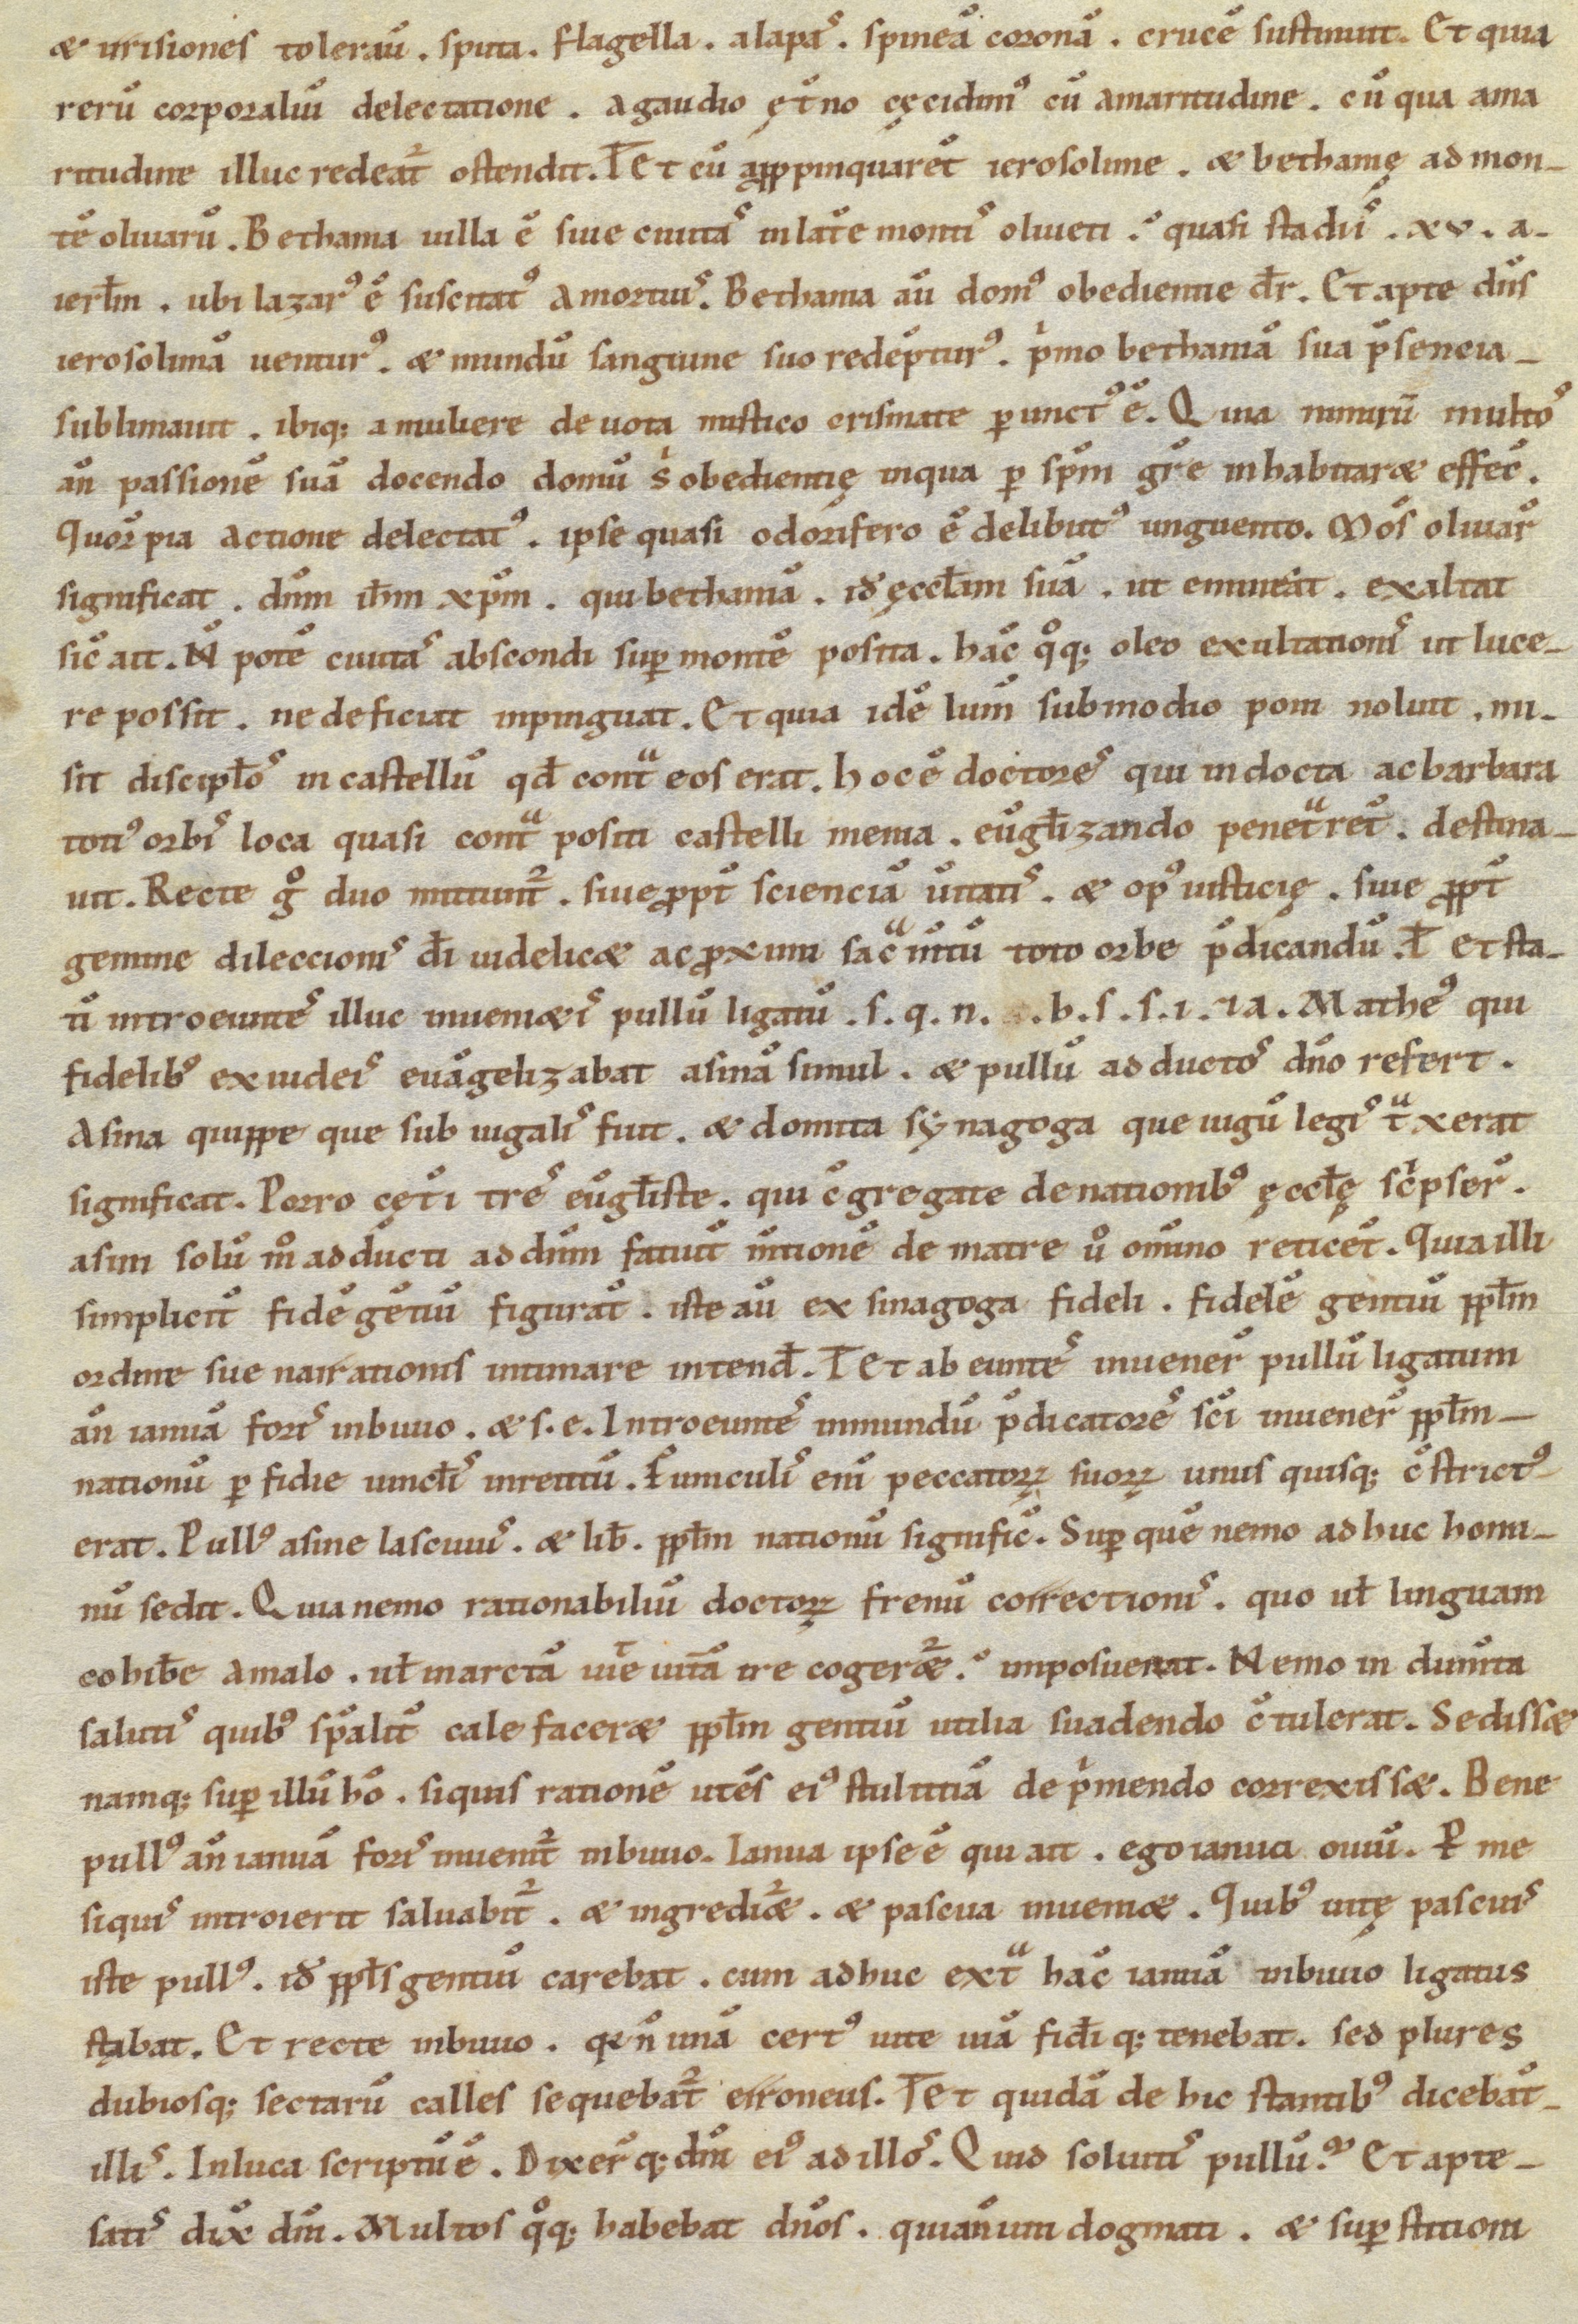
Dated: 1100–1199